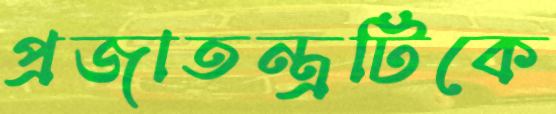
প্রজাতন্ত্রটিকে